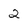
Character: 2